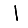
Digit: 1